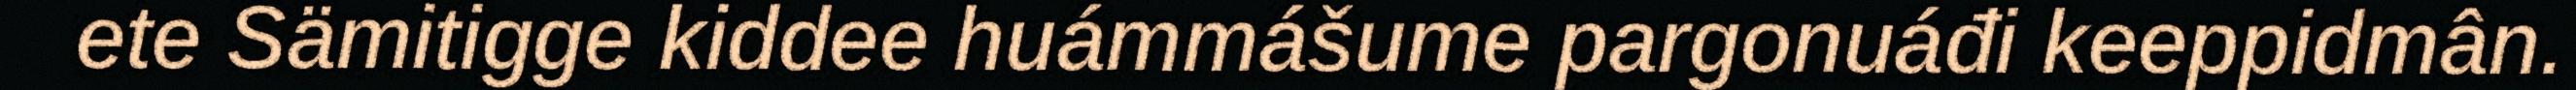
ete Sämitigge kiddee huámmášume pargonuáđi keeppidmân.